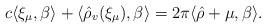
LaTeX: \begin{align*}c \langle \xi_\mu,\beta\rangle+\langle \hat\rho_v(\xi_\mu),\beta\rangle =2\pi\langle \hat\rho+\mu ,\beta\rangle.\end{align*}